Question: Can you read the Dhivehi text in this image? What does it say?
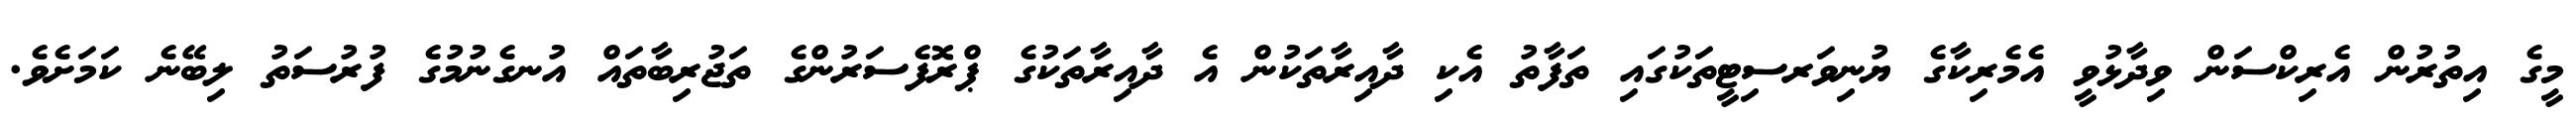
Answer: މީގެ އިތުރުން އެރިކްސަން ވިދާޅުވީ އެމެރިކާގެ ޔުނިވަރސިޓީތަކުގައި ތަފާތު އެކި ދާއިރާތަކުން އެ ދާއިރާތަކުގެ ޕްރޮފެސަރުންގެ ތަޖުރިބާތައް އުނގެނުމުގެ ފުރުސަތު ލިބޭނެ ކަމަށެވެ.